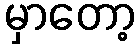
မှာတော့